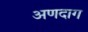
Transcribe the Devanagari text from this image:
अणदाग